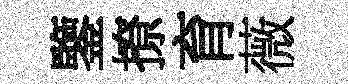
鑒撩育薇